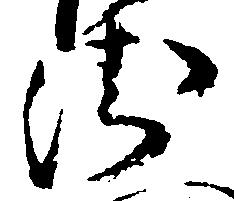
衛